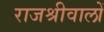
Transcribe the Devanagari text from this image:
राजश्रीवालों